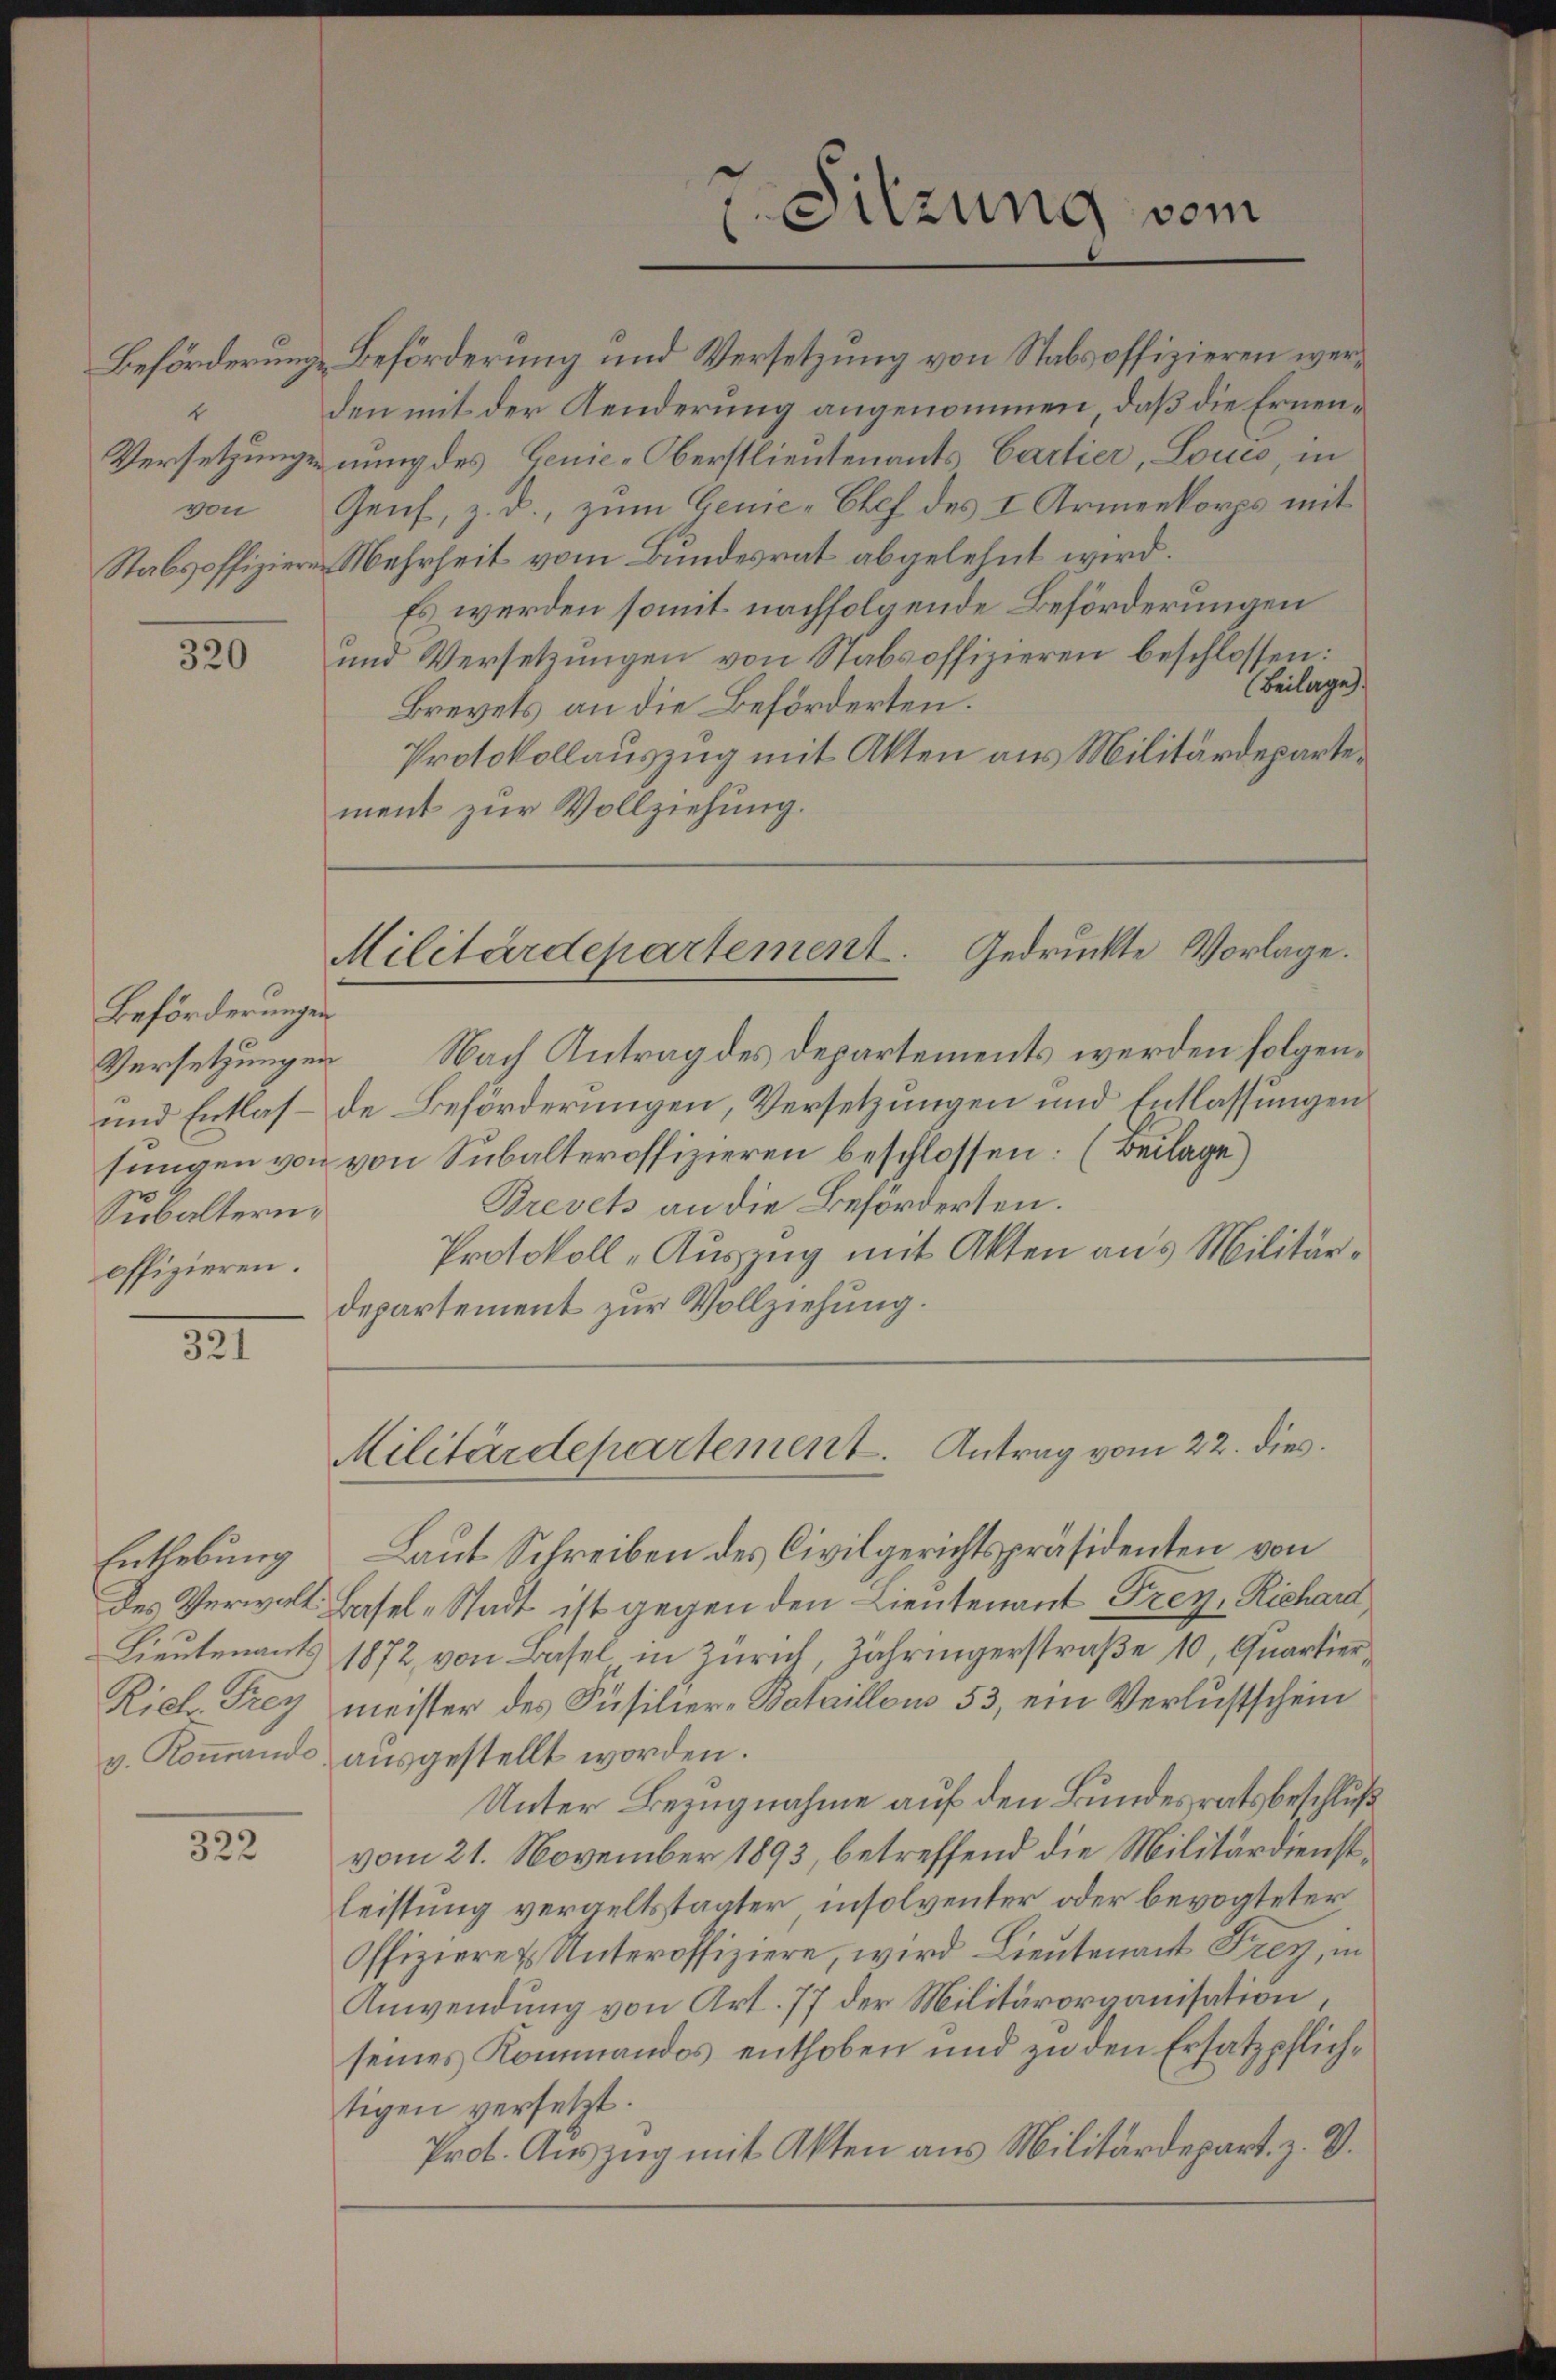
1
von

320

Beförderungen
Subaltern.
offizieren.

321

Enthebung

322

ment zur Vollziehung.

Laut Schreiben des Civilgerichtspräsidenten von
Des Verwalt Basel-Stadt ist gegen den Lieutenant Frey-Richard,
Lieutenants 1872, von Basel in Zürich, jähringerstraße 10, Quartier¬
Rich. Frey meister des Füsilier-Bataillons 53, ein Verlustschein
v. Koṁando aŭsgestellt worden.
Unter Bezugnahme auf den Bundesratsbeschluß
vom 21. November 1893, betreffend die Militärdienstleistung vergeltstaater insolventer oder bevogteter
Offizieren Unteroffiziere, wird Lieutenant Frey, in
Anwendung von Art. 77 der Militärorganisation,
seines Kommandos enthoben und zu den Ersatzpflichtigen versetzt.
Prot. Auszug mit Akten aus Militärdepart. z. B.

Versetzungen Nach Antrag des Departements werden folgen¬
und Entlas- de Beförderungen, Versetzungen und Entlassungen
sungen von von Subalteroffizieren beschlossen: (Beilage)
Brevets an die Beförderten.
Protokoll-Auszug mit Akten aus Militärdepartement zur Vollziehung.

7. Sitzung vom

Beförderung Beförderung und Versetzung von Stabsoffizieren werden mit der Kenderung angenommen, daß die Ernen¬
Versetzungennung des Genie-Oberstlieutenants Cartier, Louis, in
Genf, z. d., zum Genie-Chef des I Armenkorps mit
Stabsoffiziere Mehrheit vom Bundesrat abgelehnt wird.
Es werden somit nachfolgende Beförderungen
und Versetzungen von Stabsoffizieren beschlossen:
Beilage.
Brevets an die Beförderten.
Protokollauszug mit Akten aus Militärdeparte¬

Militärdepartement. Gedruckte Vorlage.

Militärdepartement. Antrag vom 22. dies